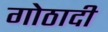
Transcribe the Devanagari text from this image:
गोठादी